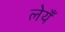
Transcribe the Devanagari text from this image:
लेयँ